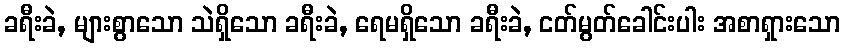
ခရီးခဲ, များစွာသော သဲရှိသော ခရီးခဲ, ရေမရှိသော ခရီးခဲ, ငတ်မွတ်ခေါင်းပါး အစာရှားသော